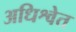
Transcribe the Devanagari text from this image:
अधिश्वेत